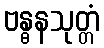
ဗန္ဓနသုတ္တံ